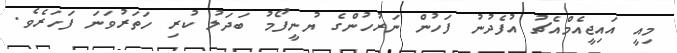
މިއީ އައިޖީއެމްއެޗު އުފެދުނު ފަހުން ނަރުހުންގެ ޔުނީފޯމު ބަދަލު ކުރި ހަތަރުވަނަ ފަހަރެވެ.